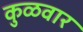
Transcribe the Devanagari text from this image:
कुळवार